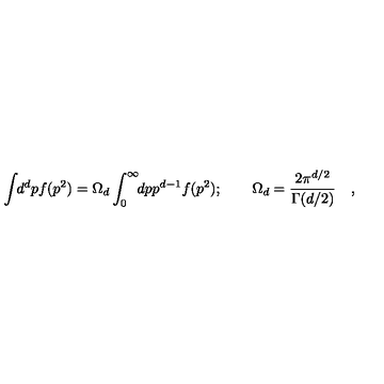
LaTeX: \int \! \! d ^ { d } p f ( p ^ { 2 } ) = \Omega _ { d } \int _ { 0 } ^ { \infty } \! \! d p p ^ { d - 1 } f ( p ^ { 2 } ) ; \qquad \Omega _ { d } = \frac { 2 \pi ^ { d / 2 } } { \Gamma ( d / 2 ) } \quad ,